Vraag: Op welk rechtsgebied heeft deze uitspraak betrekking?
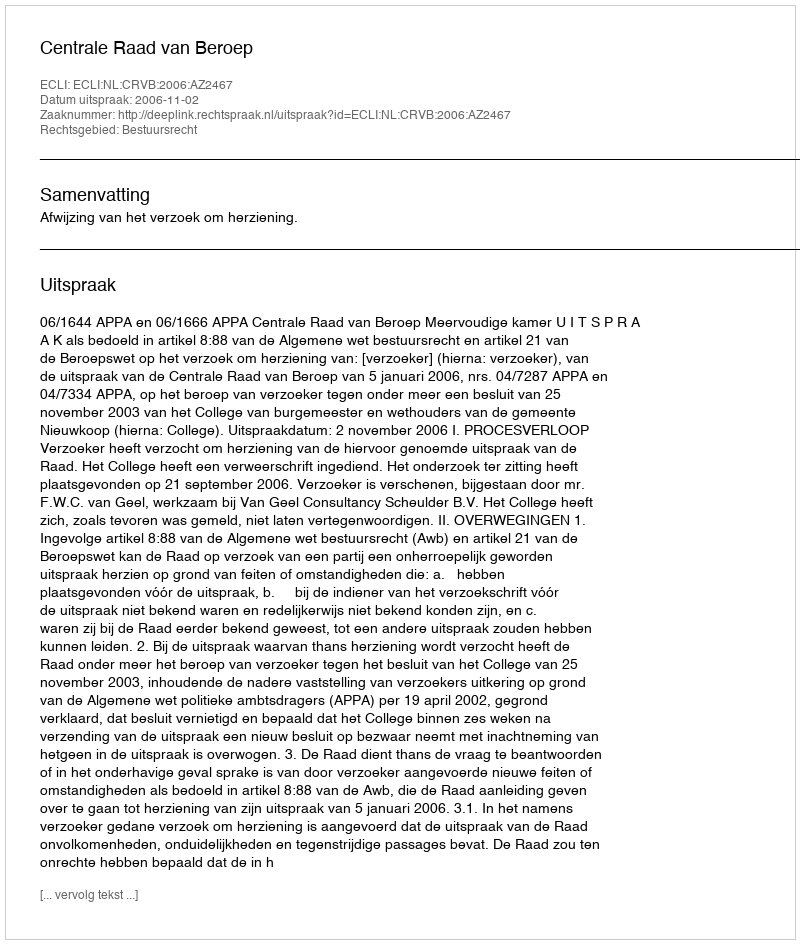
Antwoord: Bestuursrecht